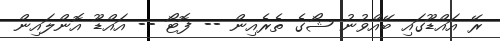
ރޭ އައްޑޫގައި ބޭއްވުނު ޝޯގެ ތެރެއިން -- ފޮޓޯ -- އައްޑޫ އޮންލައިން